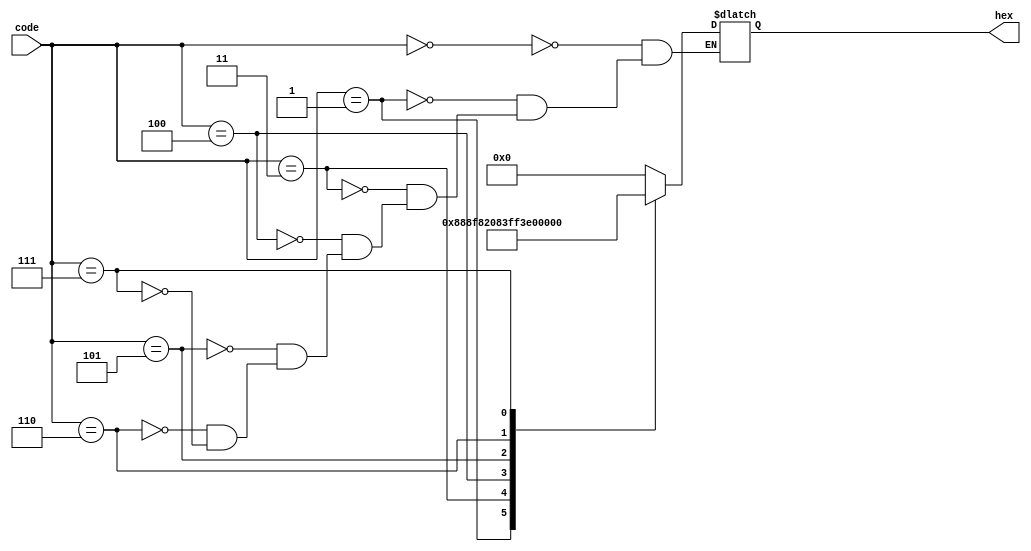
`timescale 1ns / 1ps
//////////////////////////////////////////////////////////////////////////////////
// Company: 
// Engineer: 
// 
// Design Name: 
// Module Name: color_decode
// Project Name: 
// Target Devices: 
// Tool Versions: 
// Description: 
// 
// Dependencies: 
// 
// Revision:
// Revision 0.01 - File Created
// Additional Comments:
// 
//////////////////////////////////////////////////////////////////////////////////


module color_decode(
    input [2:0] code,
    output reg [11:0] hex
    );
    
    reg [11:0] BLACK = 12'h000;
    reg [11:0] GREY = 12'h888;
//    reg [11:0] BLUE = 12'hxxx;
//    reg [11:0] LIGHT_BLUE = 12'hxxx;
    reg [11:0] ORANGE = 12'hf82;
    reg [11:0] GREEN = 12'h083;
    reg [11:0] YELLOW = 12'hff3;
    reg [11:0] RED = 12'he12;
    reg [11:0] WHITE = 12'hfff;
    
    always @(code)
    begin
        case(code)
            3'b000 : hex = BLACK;
            3'b001 : hex = GREY;
//            3'b010 : hex = BLUE;
//            3'b011 : hex = LIGHT_BLUE;
            3'b011 : hex = ORANGE;
            3'b100 : hex = GREEN;
            3'b101 : hex = YELLOW;
            3'b110 : hex = RED;
            3'b111 : hex = WHITE;
//            default : hex = WHITE;
        endcase
    end
    
endmodule